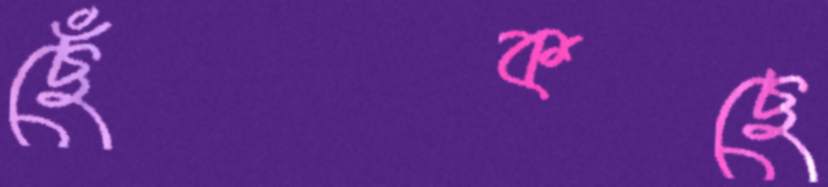
ছেঁকছে